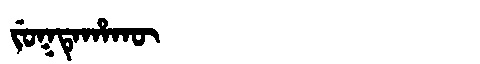
Manchu: ᠵᡠᡴᡨᡝᡥᠠᡴᡡ
Romanization: JUKTEHAKŪ